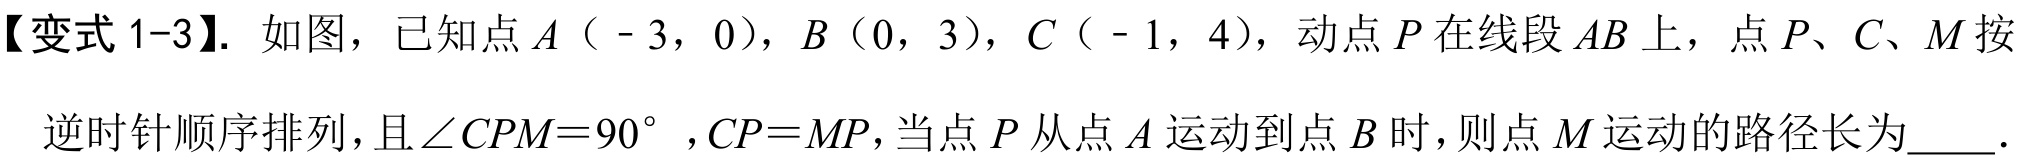
【变式 1-3】. 如图，已知点\(A（ - 3，0）\)，\(B（0，3）\)，\(C（ - 1，4）\)，动点\(P\)在线段\(AB\)上，点\(P、C、M\)按逆时针顺序排列，且\(\angle CPM = 90^{\circ}\)，\(CP = MP\)，当点\(P\)从点\(A\)运动到点\(B\)时，则点\(M\)运动的路径长为  ．